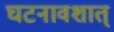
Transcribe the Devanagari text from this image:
घटनावशात्